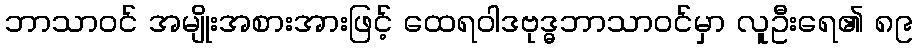
ဘာသာဝင် အမျိုးအစားအားဖြင့် ထေရဝါဒဗုဒ္ဓဘာသာဝင်မှာ လူဦးရေ၏ ၈၉